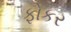
ફોકર